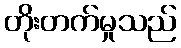
တိုးတက်မှုသည်